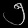
Digit: ၅